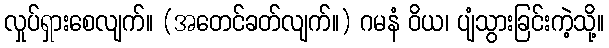
လှုပ်ရှားစေလျက်။ (အတေင်ခတ်လျက်။) ဂမနံ ဝိယ၊ ပျံသွားခြင်းကဲ့သို့။